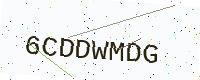
Text: 6CDDWMDG